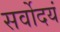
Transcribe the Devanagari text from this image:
सर्वोदयं